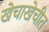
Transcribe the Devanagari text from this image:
खेचाखेचीत